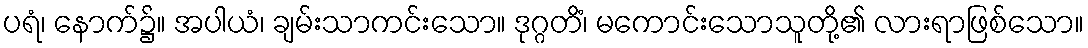
ပရံ၊ နောက်၌။ အပါယံ၊ ချမ်းသာကင်းသော။ ဒုဂ္ဂတိံ၊ မကောင်းသောသူတို့၏ လားရာဖြစ်သော။